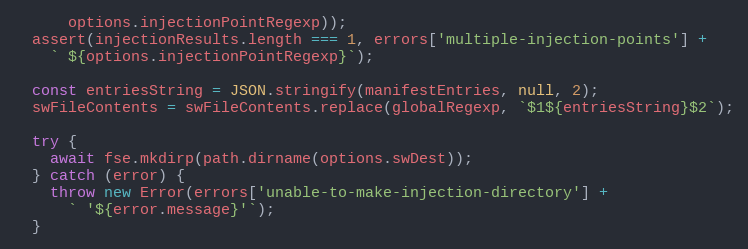
Language: JavaScript
      options.injectionPointRegexp));
  assert(injectionResults.length === 1, errors['multiple-injection-points'] +
    ` ${options.injectionPointRegexp}`);

  const entriesString = JSON.stringify(manifestEntries, null, 2);
  swFileContents = swFileContents.replace(globalRegexp, `$1${entriesString}$2`);

  try {
    await fse.mkdirp(path.dirname(options.swDest));
  } catch (error) {
    throw new Error(errors['unable-to-make-injection-directory'] +
      ` '${error.message}'`);
  }